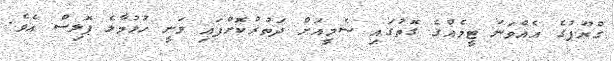
ގްރޫޕުގެ އެއްވަނަ ޓީމެއްގެ ގޮތުގައި ސެމީއަށް ދަތުރުކޮށްފައި ވަނީ ހުޅުމާލެ ޕޮލިސް އެވެ.